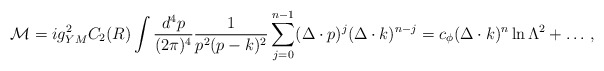
\begin{align*}{\cal M} = i g_{YM}^2 C_2(R) \int {d^4 p \over (2\pi)^4} {1 \over p^2 (p-k)^2} \sum_{j=0}^{n-1} (\Delta \cdot p)^j (\Delta \cdot k)^{n-j} = c_\phi (\Delta \cdot k)^n \ln\Lambda^2 + \ldots \,,\end{align*}